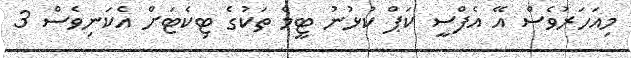
މިއަހަރުވެސް އޭ އެފްސީ ކަޕް ކުޅުނު ޓީމް ތަކުގެ ޓިކެޓަށް އެކަނިވެސް 3